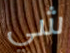
شي